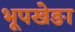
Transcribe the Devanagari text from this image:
भूपखेङा